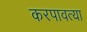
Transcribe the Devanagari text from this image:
करपावत्या